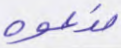
ندعوه